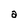
Character: a